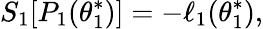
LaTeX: S_{1}[P_{1}({\theta_{1}^{*}})]=-\ell_{1}(\theta_{1}^{*}),